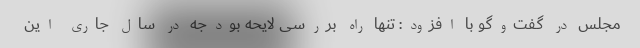
مجلس در گفت‌وگو با افزود: تنها راه بررسی لایحه بودجه در سال جاری این